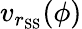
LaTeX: v_{r_{\mathrm{SS}}}(\phi)